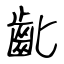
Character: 齔